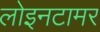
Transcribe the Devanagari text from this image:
लोइनटामर